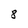
Character: 8